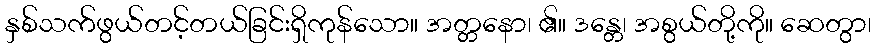
နှစ်သက်ဖွယ်တင့်တယ်ခြင်းရှိကုန်သော။ အတ္တနော၊ ၏။ ဒန္တေ၊ အစွယ်တို့ကို။ ဆေတွာ၊